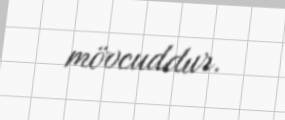
mövcuddur.